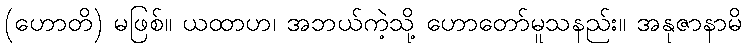
(ဟောတိ) မဖြစ်။ ယထာဟ၊ အဘယ်ကဲ့သို့ ဟောတော်မူသနည်း။ အနုဇာနာမိ